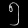
Digit: ၅